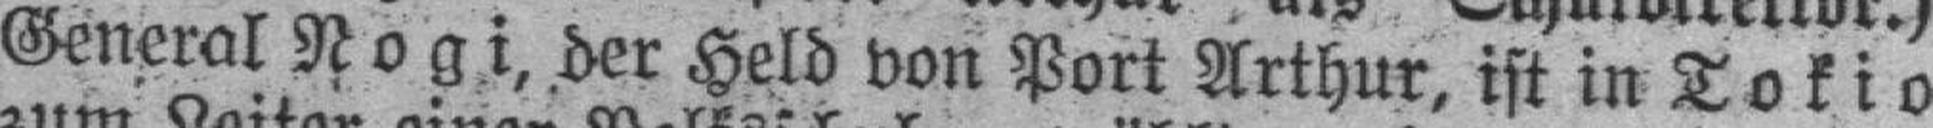
General Nogi, der Held von Port Arthur, ist in Tokio